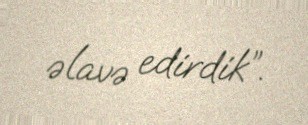
əlavə edirdik”.